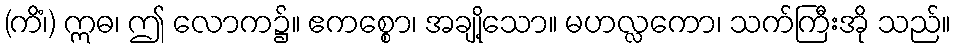
(ကိံ၊) ဣဓ၊ ဤ လောက၌။ ဧကစ္စော၊ အချို့သော။ မဟလ္လကော၊ သက်ကြီးအို သည်။